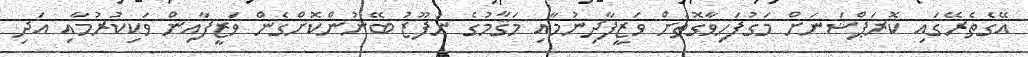
އޭގެތެރޭގައި ކޮރަޕްޝަނަށް މަގުފަހިވާގޮތަށް ވަޒީފާދިނުމާއި މަޤާމުގެ ނުފޫޒު ބޭނުންކޮށްގެން ވަޒީފާއިން ވަކިކުރުމާއި އަދި